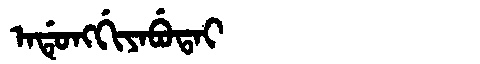
Manchu: ᠠᡩᡠᠩᡤᡳᠶᠠᠪᡠᡨᠠᡳ
Romanization: ADUNGGIYABUTAI